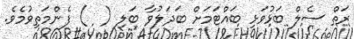
ރަތް ސެލް ބަޅުވަޅި ބައްޓަމަށް ބަދަލުވާ ބަލި (  ) ފެންމަތިވުމެވެ.